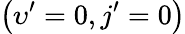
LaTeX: \left(\upsilon^{\prime}=0,j^{\prime}=0\right)